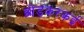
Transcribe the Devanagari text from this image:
छोड़करकई